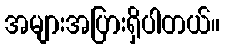
အများအပြားရှိပါတယ်။